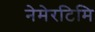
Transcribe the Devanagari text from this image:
नेमेरटिमि